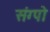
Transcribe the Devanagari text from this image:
संग्पो